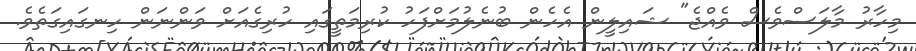
މިހާރު މާލަސްވެސް ވެއްޖެ" ޝައިލީން އެހެން ބުނެލުމަށްފަހު ކުރިމަތީގައި ހުރިގެއަށް ވަންނަން ހިނގައިގަތެވެ.